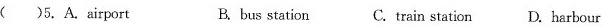
( )5.A. Airport B. bus station C.train station D. Harbour